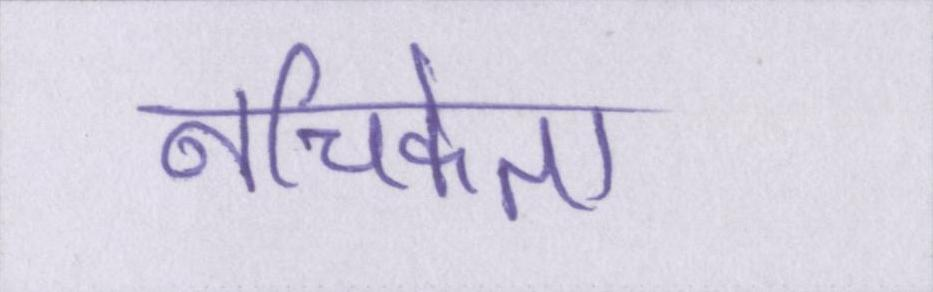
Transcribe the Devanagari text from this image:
नचिकेता